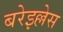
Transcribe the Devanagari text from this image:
बरेइल्लेस